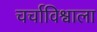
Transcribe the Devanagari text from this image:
चर्चाविश्वाला